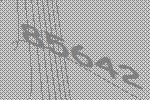
85642